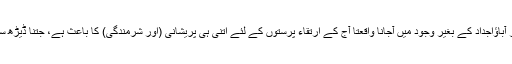
ان پیچیدہ جانداروں کا اچانک اور آباؤاجداد کے بغیر وجود میں آجانا واقعتاً آج کے ارتقاء پرستوں کے لئے اتنی ہی پریشانی (اور شرمندگی) کا باعث ہے، جتنا ڈیڑھ سو سال پہلے ڈاروِن کے لئے تھا۔